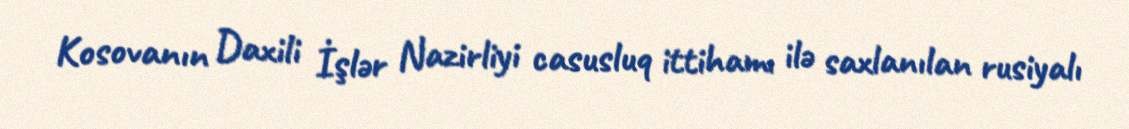
Kosovanın Daxili İşlər Nazirliyi casusluq ittihamı ilə saxlanılan rusiyalı